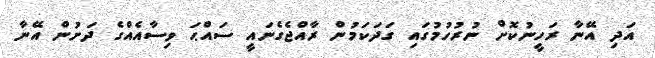
އަދި އޭނާ ރަހީނުކޮށް ނުރުހުމުގައި ގަދަކަމުން ރާއްޖެގެނައީ ސައްޙަ ވިސާއެއްގެ ދަށުން އޭނާ